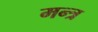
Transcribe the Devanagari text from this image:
मन्‍त्र